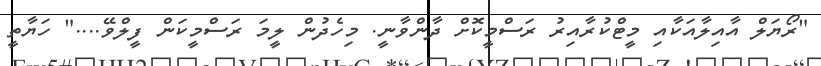
"ރޯޔަލް އާއިލާއަކާއި މީޓްކުރާއިރު ރަސްމީކޮށް ދާންވާނީ. މިހެދުން ލީމަ ރަސްމީކަން ފީލްވޭ...." ހަޔާތީ